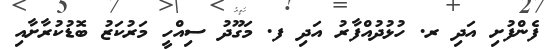
ފެންފުށި އަދި ރ. ހުޅުދުއްފާރު އަދި ފ. މަގޫދު ސިއްހީ މަރުކަޒު ބޮޑުކުރާށާއި